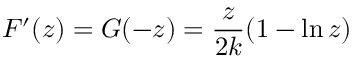
F ^ { \prime } ( z ) = G ( - z ) = { \frac { z } { 2 k } } ( 1 - \ln z )